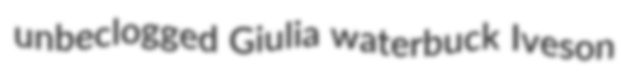
unbeclogged Giulia waterbuck Iveson